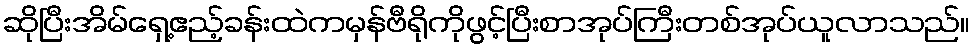
ဆိုပြီးအိမ်ရှေ့ဧည့်ခန်းထဲကမှန်ဗီရိုကိုဖွင့်ပြီးစာအုပ်ကြီးတစ်အုပ်ယူလာသည်။